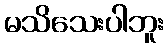
မသိသေးပါဘူး